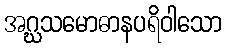
အဂ္ဃသမောဓာနပရိဝါသော